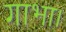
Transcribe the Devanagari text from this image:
गाभा।